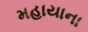
મહાયાના